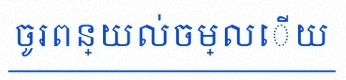
ចូរពន្យល់ចម្លើយ